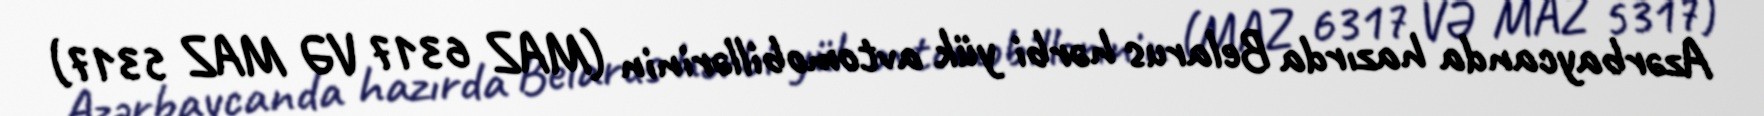
Azərbaycanda hazırda Belarus hərbi yük avtomobillərinin (MAZ 6317 VƏ MAZ 5317)